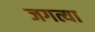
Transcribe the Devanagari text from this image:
जगत्या